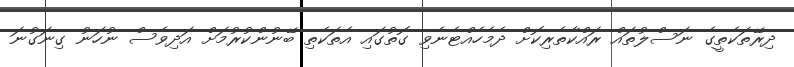
ދިރޭތަކެތީގެ ނަސްލުތައް ރައްކާތެރިކޮށް ދެމެހެއްޓެނެވި ގޮތުގައި އެތަކެތި ބޭނުންކުރުމަށް އަދިވެސް ނުހަނު ގިނަގުނަ